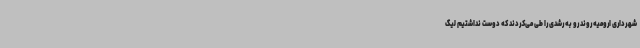
شهرداری ارومیه روند رو به رشدی را طی می‌کردند که دوست نداشتیم لیگ